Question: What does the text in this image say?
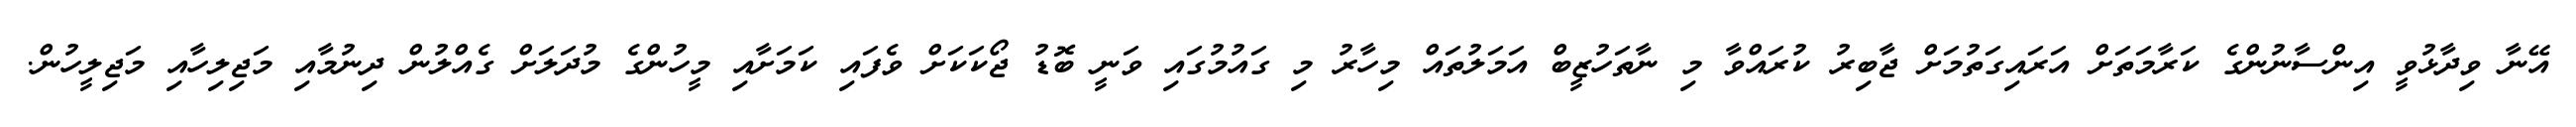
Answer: އޭނާ ވިދާޅުވީ އިންސާނުންގެ ކަރާމަތަށް އަރައިގަތުމަށް ޖާބިރު ކުރައްވާ މި ނާތަހުޒީބް އަމަލުތައް މިހާރު މި ގައުމުގައި ވަނީ ބޮޑު ޖޯކަކަށް ވެފައި ކަމަށާއި މީހުންގެ މުދަލަށް ގެއްލުން ދިނުމާއި މަޖިލިހާއި މަޖިލީހުން.